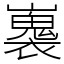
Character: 㠢